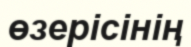
өзерісінің